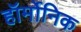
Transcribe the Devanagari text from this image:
हॉर्मोनिक